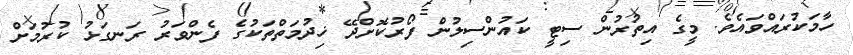
ހާމަކުރައްވައެވެ. މީގެ އިތުރުން ސިޓީ ކައުންސިލުން ފޯރުކޮށްދޭ ޚިދުމަތްތަކުގެ ފެންވަރު ރަނގަޅު ކުރުމަށް